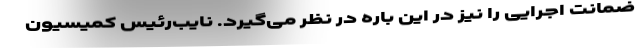
ضمانت اجرایی را نیز در این باره در نظر می‌گیرد. نایب‌رئیس کمیسیون